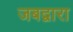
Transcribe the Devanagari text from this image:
जबद्वारा